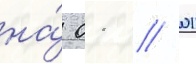
на́ 01 // 01